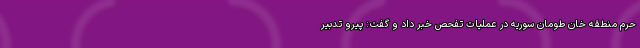
حرم منطقه خان طومان سوریه در عملیات تفحص خبر داد و گفت: پیرو تدبیر